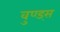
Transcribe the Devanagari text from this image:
वुण्ड्स